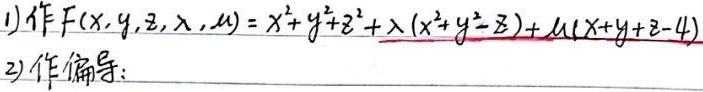
1) 作 \(F(x,y,z,\lambda,\mu)=x^{2}+y^{2}+z^{2}+\lambda(x^{2}+y^{2}-z)+\mu(x + y+z - 4)\)。
2) 作偏导：